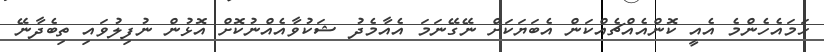
ހަމައެހެންމެ އެއީ ކޮންއެއްޗެއްކަން އެބަޔަކަށް ނޭގޭނަމަ އެއާމެދު ޝަކުވާއެއްނުކޮށް އޮޅުން ނުފިލުވައި ތިބެދާނޭ